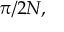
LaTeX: { \pi } / { 2 N } ,